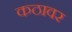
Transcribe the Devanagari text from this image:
कठावर